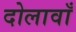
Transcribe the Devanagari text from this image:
दोलावाँ